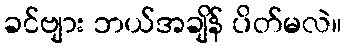
ခင်ဗျား ဘယ်အချိန် ပိတ်မလဲ။